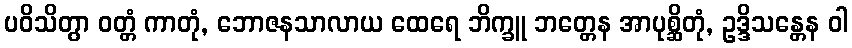
ပဝိသိတွာ ဝတ္တံ ကာတုံ, ဘောဇနသာလာယ ထေရေ ဘိက္ခူ ဘတ္တေန အာပုစ္ဆိတုံ, ဥဒ္ဒိသန္တေန ဝါ